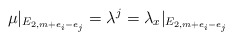
\begin{align*}\mu|_{E_{2,m+e_i -e_j}} = \lambda^j = \lambda_x|_{E_{2,m+e_i -e_j}} \end{align*}